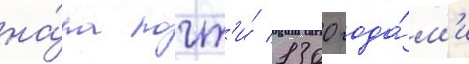
на́ра почт'и́ 1300 года́м'и